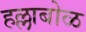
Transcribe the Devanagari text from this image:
हल्लाबोळ